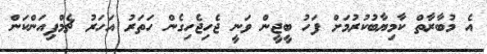
އެ މުބާރާތް ކާމިޔާބުކުރުމަށް ފަހު ބީޖީން ވަނީ ޖެހިޖެހިގެން ހަތަރު އަހަރު ޗެމްޕިއަންކަން